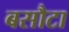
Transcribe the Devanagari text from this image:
बसौटा